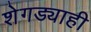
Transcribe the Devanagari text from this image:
शेगड्याही